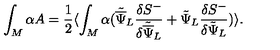
\int _ { M } \alpha A = { \frac { 1 } { 2 } } \langle \int _ { M } \alpha ( { \tilde { \overline { \Psi } } } _ { L } { \frac { \delta { S } ^ { - } } { \delta { \tilde { \overline { \Psi } } } _ { L } } } + { \tilde { \Psi } } _ { L } { \frac { \delta { S } ^ { - } } { \delta { \tilde { \Psi } } _ { L } } } ) \rangle .